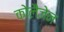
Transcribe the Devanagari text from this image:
कोलैजेन